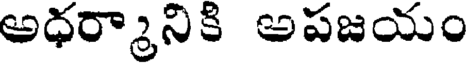
అధర్మానికి అపజయం